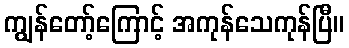
ကျွန်တော့်ကြောင့် အကုန်သေကုန်ပြီ။